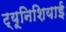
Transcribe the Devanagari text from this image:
ट्यूनिशियाई